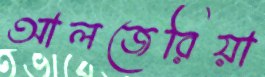
আলজেরিয়া